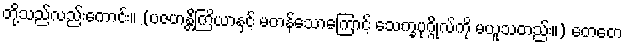
တို့သည်လည်းကောင်း။ (ပဇဟန္တိကြိယာနှင့် မတန်သောကြောင့် သေက္ခပုဂ္ဂိုလ်ကို မယူသတည်း။) တေတေ